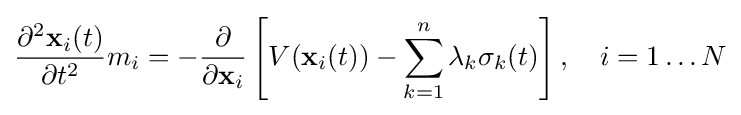
{\frac {\partial ^{2}\mathbf {x} _{i}(t)}{\partial t^{2}}}m_{i}=-{\frac {\partial }{\partial \mathbf {x} _{i}}}\left[V(\mathbf {x} _{i}(t))-\sum _{k=1}^{n}\lambda _{k}\sigma _{k}(t)\right],\quad i=1\ldots N